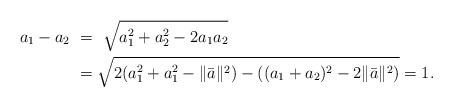
LaTeX: \begin{align*} a_1-a_2 \ & = \ \sqrt{a_1^2+a_2^2-2a_1a_2} \\ & = \sqrt{2(a_{1}^2+a_{1}^2- \|\bar{a}\|^2)-((a_1+a_{2})^2-2\|\bar{a}\|^2)} =1. \end{align*}